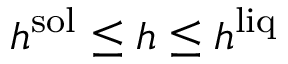
h ^ { \mathrm { s o l } } \le h \le h ^ { \mathrm { l i q } }